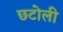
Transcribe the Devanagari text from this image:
छटोली